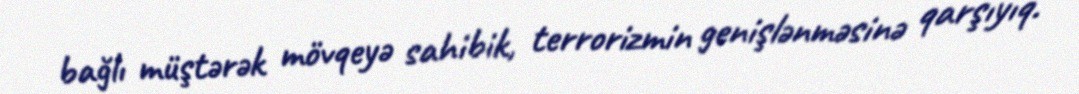
bağlı müştərək mövqeyə sahibik, terrorizmin genişlənməsinə qarşıyıq.